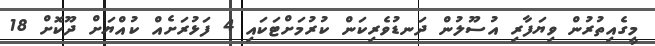
މީގެއިތުރުން ވިޔަފާރި އުސޫލުން ދަނޑުވެރިކަން ކުރުމަށްޓަކައި 4 ފަޅުރަށެއް ކުއްޔަށް ދޫކޮށް 18